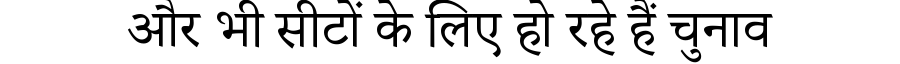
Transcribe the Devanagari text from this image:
और भी सीटों के लिए हो रहे हैं चुनाव